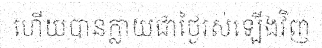
ហើយបានក្លាយជាថ្ងៃរស់ឡើងវិញ